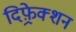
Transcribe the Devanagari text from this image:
दिफ़्रेक्शन